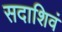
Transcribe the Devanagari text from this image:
सदाशिवं